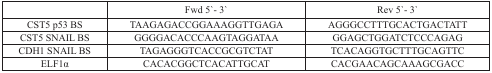
<table><thead><tr><td></td><td><b>Fwd 5′-3′</b></td><td><b>Rev 5′-3′</b></td></tr></thead><tbody><tr><td>CST5 p53 BS</td><td>TAAGAGACCGGAAAGGTTGAGA</td><td>AGGGCCTTTGCACTGACTATT</td></tr><tr><td>CST5 SNAIL BS</td><td>GGGGACACCCAAGTAGGATAA</td><td>GGAGCTGGATCTCCCAGAG</td></tr><tr><td>CDH1 SNAIL BS</td><td>TAGAGGGTCACCGCGTCTAT</td><td>TCACAGGTGCTTTGCAGTTC</td></tr><tr><td>ELF1α</td><td>CACACGGCTCACATTGCAT</td><td>CACGAACAGCAAAGCGACC</td></tr></tbody></table>